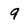
Character: 9